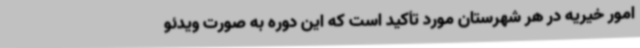
امور خیریه در هر شهرستان مورد تأکید است که این دوره به صورت ویدئو